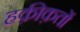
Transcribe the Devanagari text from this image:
हक़ीक़तों